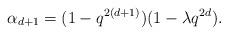
LaTeX: \begin{align*}\alpha_{d+1} &= (1 - q^{2(d+1)})(1 - \lambda q^{2d}).\end{align*}